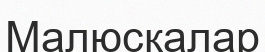
Малюскалар